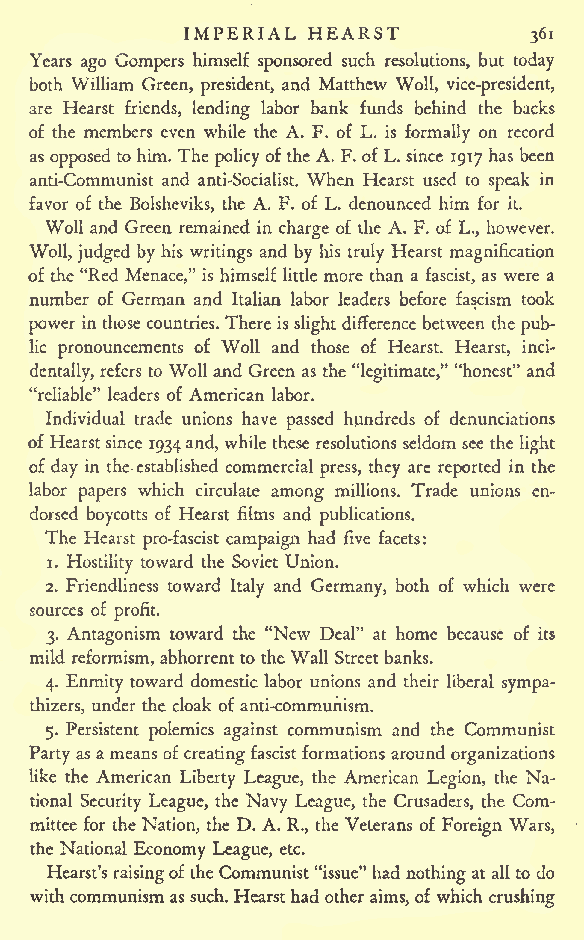
IMPERIAL HEARST
 361
 Years ago Gompers himself sponsored such resolutions, but today
 both William Green, president, and Matthew Woll, vice-president,
 are Hearst friends, lending labor bank funds behind the backs
 of the members even while the A. F. of L. is formally on record
 asopposed to him. The policy ofthe A. F.ofL. since 1917 has been
 anti-Communist and anti-Socialist. When Hearst used to speak in
 favor of the Bolsheviks, the A. F. of L. denounced him for it.
 Woll and Green remained in charge of the A. F. of L., however.
 Woll, judged by his writings and by his truly Hearst magnification
 of the "Red Menace," is himself little more than a fascist, as were a
 number of German and Italian labor leaders before fascism took
 power inthose countries.There isslight difference between the pub-
 lic pronouncements of Woll and those of Hearst. Hearst, inci-
 dentally, refers to Woll and Green as the "legitimate," "honest" and
 "reliable" leaders of American labor.
 Individual trade unions have passed hundreds of denunciations
 ofHearstsince 1934and,whilethese resolutions seldom see the light
 of day in the established commercial press, they are reported in the
 labor papers which circulate among millions. Trade unions en-
 dorsed boycotts of Hearst films and publications.
 The Hearst pro-fascist campaign had five facets:
 1. Hostility toward the Soviet Union.
 2. Friendliness toward Italy and Germany, both of which were
 sources of
 profit.
 3. Antagonism toward the "New Deal" at home because of its
 mild reformism, abhorrentto the Wall Streetbanks.
 4. Enmity toward domestic labor unions and their liberal sympa-
 thizers, under the cloak of anti-communism.
 5. Persistent polemics against communism and the Communist
 Party asa means ofcreatingfascistformations around organizations
 like the American Liberty League, the American Legion, the Na-
 tional Security League, the Navy League, the Crusaders, the Com-
 mittee for the Nation, the D. A. R., the Veterans of Foreign Wars,
 the National Economy League, etc.
 Hearst'sraisingoftheCommunist"issue"had nothing at allto do
 withcommunismas such. Hearsthad other aims, ofwhich crushing